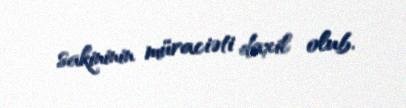
sakininin müraciəti daxil olub.